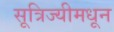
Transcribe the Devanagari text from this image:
सूत्रिज्यीमधून